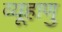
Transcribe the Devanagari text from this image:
व्यूहाणु